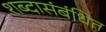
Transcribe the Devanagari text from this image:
शब्दासंबंधित